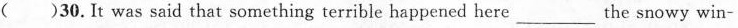
( )30.It was said that something terrible happened here ___ the snowy win-